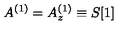
A ^ { ( 1 ) } = A _ { z } ^ { ( 1 ) } \equiv S [ 1 ]